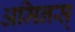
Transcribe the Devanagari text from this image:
अमिनस्